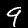
Label: 9